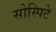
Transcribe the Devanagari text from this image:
सोस्पिटे